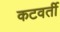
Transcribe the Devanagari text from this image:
कटवर्ती